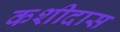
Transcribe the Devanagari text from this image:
कशीदास